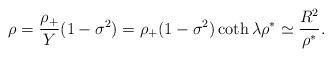
LaTeX: \begin{align*}\rho = { \rho_+ \over Y} ( 1 - \sigma^2 ) = \rho_+ (1 - \sigma^2) \coth \lambda \rho^* \simeq { R^2 \over \rho^*}.\end{align*}